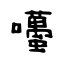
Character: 囆